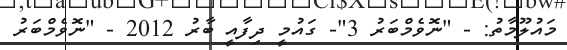
މައުލޫމާތު: - "ނޮވެމްބަރު 3"- ގައުމީ ދިފާއީ ބާރު 2012 - "ނޮވެމްބަރު